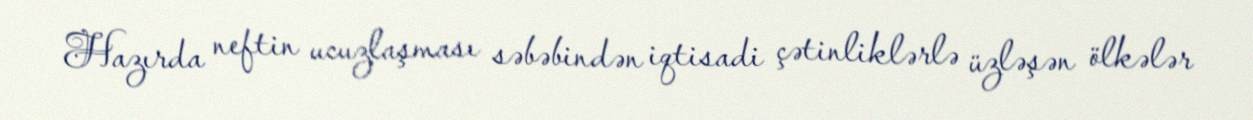
Hazırda neftin ucuzlaşması səbəbindən iqtisadi çətinliklərlə üzləşən ölkələr